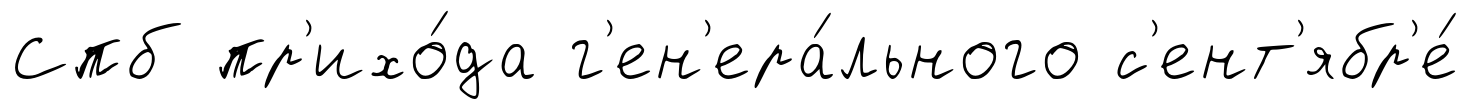
Спб пр'ихо́да г'ен'ера́льного с'ент'ябр'е́